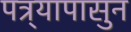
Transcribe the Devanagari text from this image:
पत्र्यापासुन